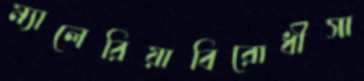
ম্যালেরিয়াবিরোধীসা